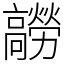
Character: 髝